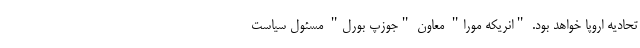
تحادیه اروپا خواهد بود. "انریکه مورا" معاون "جوزپ بورل" مسئول سیاست